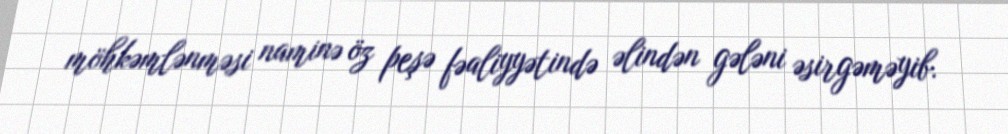
möhkəmlənməsi naminə öz peşə fəaliyyətində əlindən gələni əsirgəməyib.